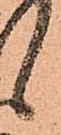
候